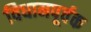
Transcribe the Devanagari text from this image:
विधानपूर्वक